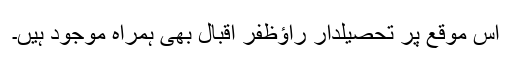
اس موقع پر تحصیلدار راؤظفر اقبال بھی ہمراہ موجود ہیں۔